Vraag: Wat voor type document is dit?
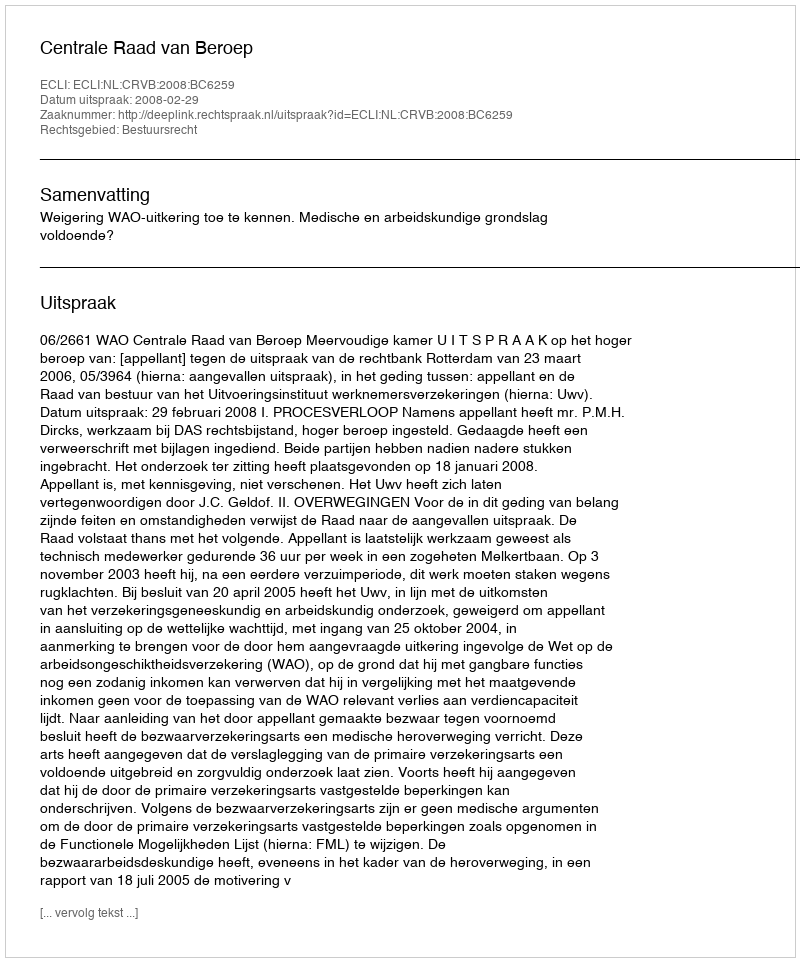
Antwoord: Uitspraak